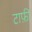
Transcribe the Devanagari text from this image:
टाफ़ी